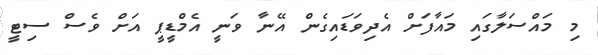
މި މައްސަލާގައި މައާފަށް އެދިވަޑައިގެން އޭނާ ވަނީ އެމްޑީޕީ އަށް ވެސް ސިޓީ